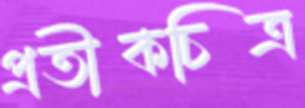
প্রতীকচিত্র